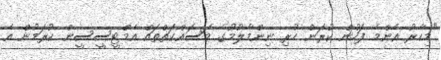
"މިހާރު އެންމެ ފަހުން ކުރަން ހުރި ނިންމާލުމުގެ މަސައްކަތްތައް އެމްޓީސީސީން ކުރަމުން އެ